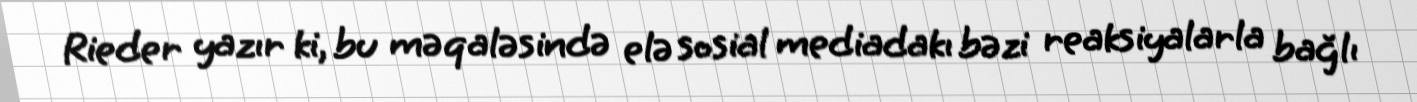
Rieder yazır ki, bu məqaləsində elə sosial mediadakı bəzi reaksiyalarla bağlı